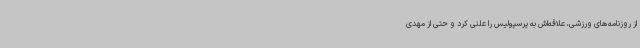
از روزنامه‌های ورزشی، علاقه‌اش به پرسپولیس را علنی کرد و حتی از مهدی